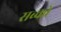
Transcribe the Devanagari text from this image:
सब्को